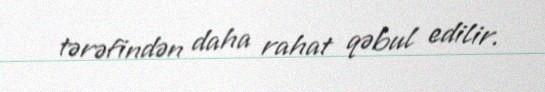
tərəfindən daha rahat qəbul edilir.